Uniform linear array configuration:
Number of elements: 16
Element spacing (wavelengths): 1
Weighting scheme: cosine
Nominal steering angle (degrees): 45
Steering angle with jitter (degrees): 45.835
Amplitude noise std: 0.05
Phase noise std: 0.05

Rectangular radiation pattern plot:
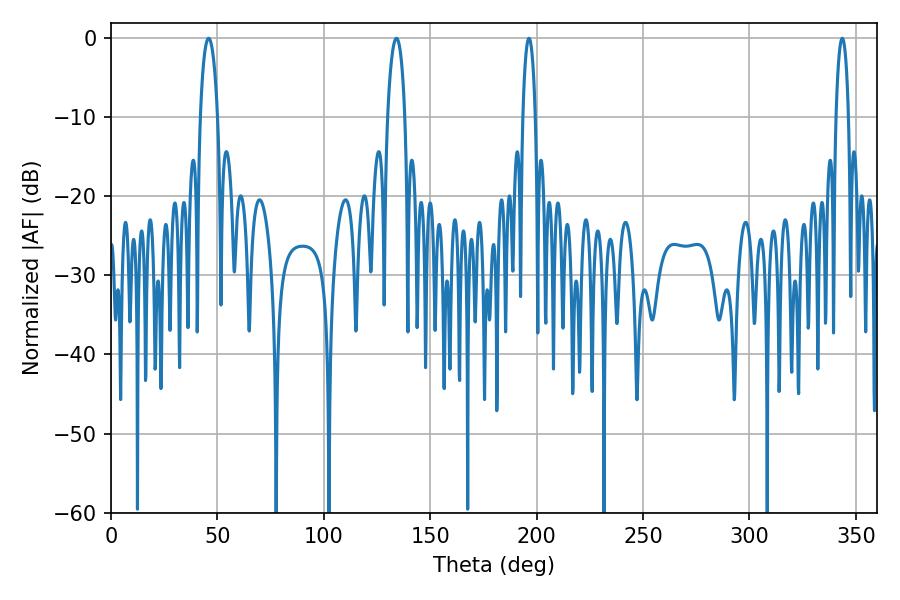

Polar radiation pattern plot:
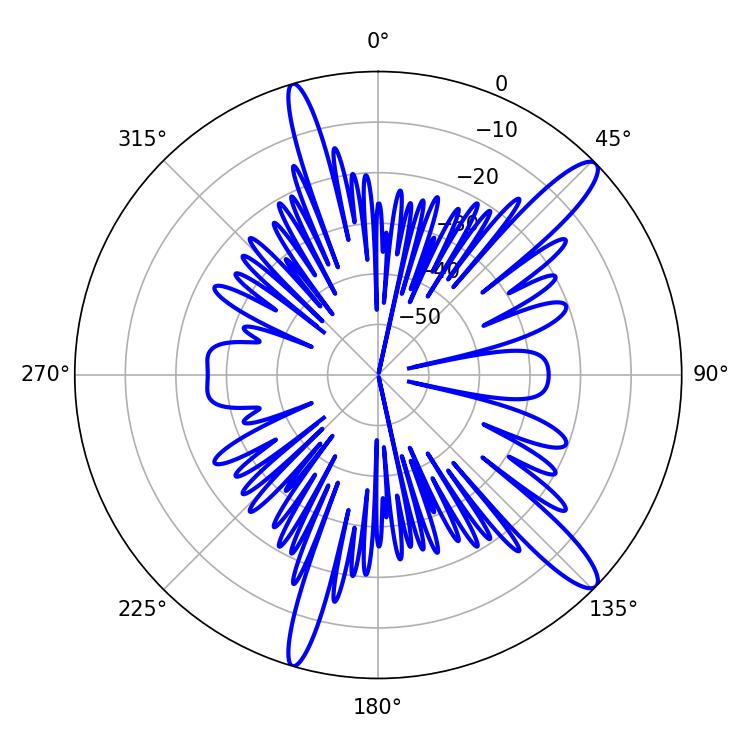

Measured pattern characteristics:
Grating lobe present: TRUE
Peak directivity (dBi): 13.345
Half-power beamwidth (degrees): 3.24
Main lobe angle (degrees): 196.38